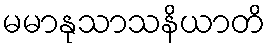
မမာနုသာသနိယာတိ